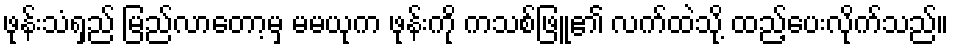
ဖုန်းသံရှည် မြည်လာတော့မှ မမယုက ဖုန်းကို ကသစ်ဖြူ၏ လက်ထဲသို့ ထည့်ပေးလိုက်သည်။